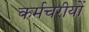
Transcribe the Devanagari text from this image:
कर्मचरीयों